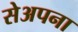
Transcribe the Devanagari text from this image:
सेअपना